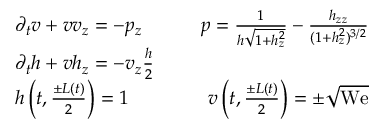
\begin{array} { r l r } & { \partial _ { t } v + v v _ { z } = - p _ { z } \qquad } & { p = \frac { 1 } { h \sqrt { 1 + h _ { z } ^ { 2 } } } - \frac { h _ { z z } } { ( 1 + h _ { z } ^ { 2 } ) ^ { 3 / 2 } } } \\ & { \partial _ { t } h + v h _ { z } = - v _ { z } \frac { h } { 2 } } \\ & { h \left( t , \frac { \pm L ( t ) } 2 \right) = 1 \qquad } & { v \left( t , \frac { \pm L ( t ) } 2 \right) = \pm \sqrt { \mathrm { W e } } } \end{array}